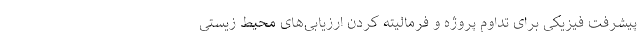
پیشرفت فیزیکی برای تداوم پروژه و فرمالیته کردن ارزیابی‌های محیط زیستی